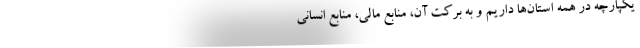
یکپارچه در همه استان‌ها داریم و به برکت آن، منابع مالی، منابع انسانی